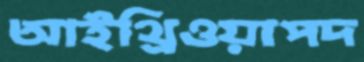
আইথ্রিওয়াপদ